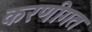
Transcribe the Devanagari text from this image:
करणीगत